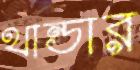
থান্ডার